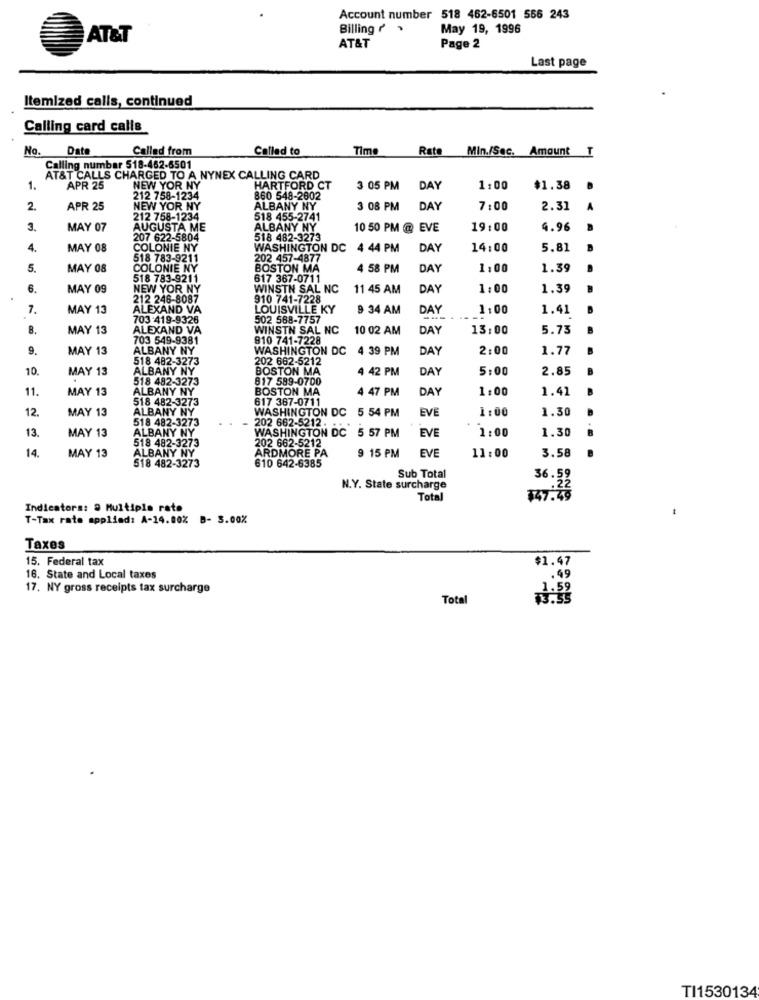
Account number 518 462-6501 566 243
Billing ? .
May 19, 1996
AT&T
AT&T
Page 2
Last page
Itemized calls, continued
Calling card calls
No.
Date
Called from
Called to
Time
Rate
Min./Sec. Amount T
Calling number 518-462-6501
AT&T CALLS CHARGED TO A NYNEX CALLING CARD
1.
APR 25
NEW YOR NY
HARTFORD CT
3 05 PM
DAY
1:00
$1.38
212 758-1234
860 548-2602
2.
APR 25
NEW YOR NY
ALBANY NY
3 08 PM
DAY
7:00
2.31
212 758-1234
518 455-2741
3.
MAY 07
AUGUSTA ME
ALBANY NY
10 50 PM @ EVE
19:00
4.96
207 622-5804
518 482-3273
4.
MAY 08
COLONIE NY
WASHINGTON DC
4 44 PM
DAY
14:00
5.81
518 783-9211
202 457-4877
5.
MAY 08
COLONIE NY
BOSTON MA
4 58 PM
DAY
1,00
1.39
518 783-9211
617 367-0711
6.
MAY 09
NEW YOR NY
WINSTN SAL NC
11 45 AM
DAY
1:00
1.39
212 246-8087
910 741-7228
7.
MAY 13
ALEXAND VA
LOUISVILLE KY
9 34 AM
DAY
1:00
1.41
703-419-9326
502 568-7757
8.
MAY 13
ALEXAND VA
WINSTN SAL NC
10 02 AM
DAY
13:00
5.73
703 549-9381
910 741-7228
9.
MAY 13
ALBANY NY
WASHINGTON DC 4 39 PM
DAY
2:00
1.77
518 482-3273
202 662-5212
10.
MAY 13
ALBANY NY
BOSTON MA
4 42 PM
DAY
5:00
2.85
518 482-3273
617 589-0700
11.
MAY 13
ALBANY NY
BOSTON MA
4 47 PM
DAY
1:00
1.41
518 482-3273
617 367-0711
12.
MAY 13
ALBANY NY
WASHINGTON DC
5 54 PM
EVE
1:00
1.30
518 482-3273
202 662-5212
ALBANY NY
WASHINGTON DC 5 57 PM
EVE
1:00
1.30
13.
MAY 13
518 482-3273
14.
ALBANY NY
202 662-5212
ARDMORE PA
EVE
11:00
MAY 13
518 482-3273
9 15 PM
3.58
610 642-6385
Sub Total
36.59
N.Y. State surcharge
Total
Indicators: a Multiple rato
T-Tax rate applied: A-14.00%
B- 3.00%
Taxes
15. Federal tax
$1.47
16. State and Local taxes
,. 49
17. NY gross receipts tax surcharge
Total
TI1530134